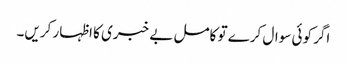
اگر کوئی سوال کرے تو کامل بے خبری کا اظہار کریں۔